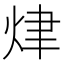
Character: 𤈠